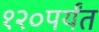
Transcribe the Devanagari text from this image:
१२०पर्यंत